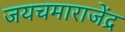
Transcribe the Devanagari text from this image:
जयचमाराजेंद्र